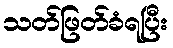
သတ်ဖြတ်ခံရပြီး